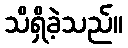
သိရှိခဲ့သည်။